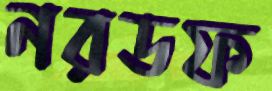
নরডফ